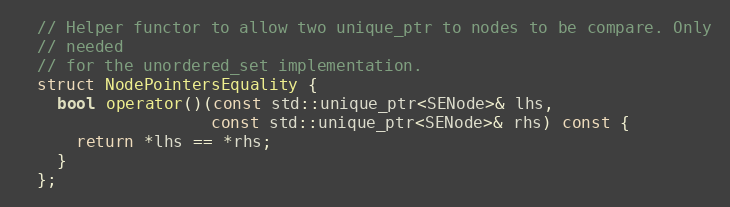
Language: C
  // Helper functor to allow two unique_ptr to nodes to be compare. Only
  // needed
  // for the unordered_set implementation.
  struct NodePointersEquality {
    bool operator()(const std::unique_ptr<SENode>& lhs,
                    const std::unique_ptr<SENode>& rhs) const {
      return *lhs == *rhs;
    }
  };